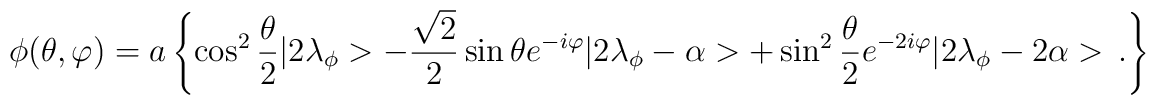
\phi (\theta ,\varphi )=a\left\{ \cos ^{2}\frac{\theta }{2}|2\lambda _{\phi }>-\frac{\sqrt{2}}{2}\sin \theta e^{-i\varphi }|2\lambda _{\phi }-\alpha >+\sin ^{2}\frac{\theta }{2}e^{-2i\varphi }|2\lambda _{\phi }-2\alpha >\, .\right\}